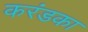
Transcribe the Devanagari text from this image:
करंडका